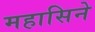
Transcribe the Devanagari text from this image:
महासिने